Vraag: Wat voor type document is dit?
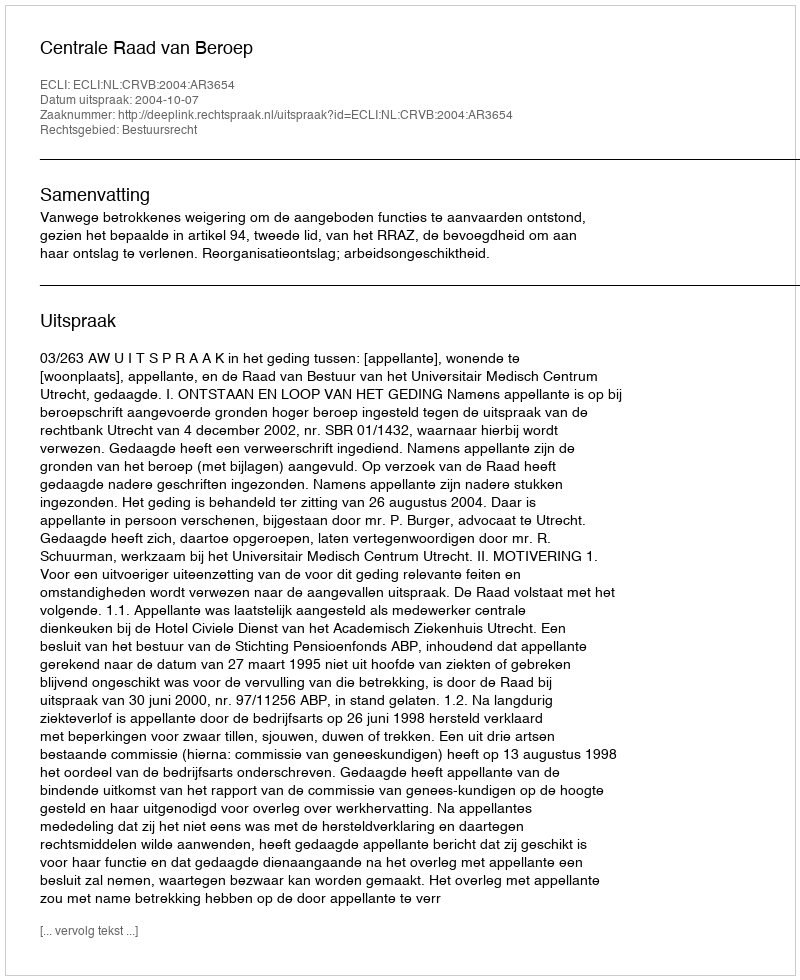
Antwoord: Uitspraak